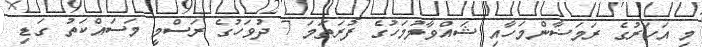
މި އަހަރުގެ ރަމަޟާންމަހާއި ޝައްވާލުމަހުގެ ފުރަތަމަ 7 ދުވަހުގެ ރަސްމީ މަސައްކަތު ގަޑި